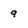
Character: 9